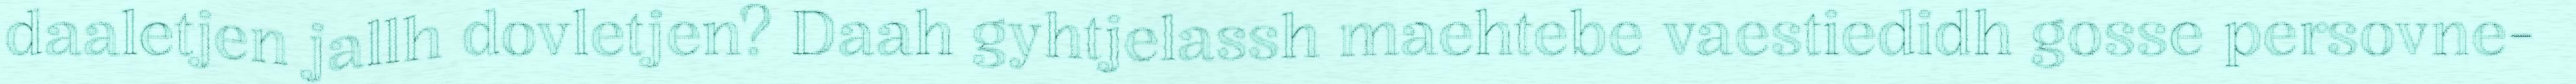
daaletjen jallh dovletjen? Daah gyhtjelassh maehtebe vaestiedidh gosse persovne-